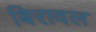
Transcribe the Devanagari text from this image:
बिरावल